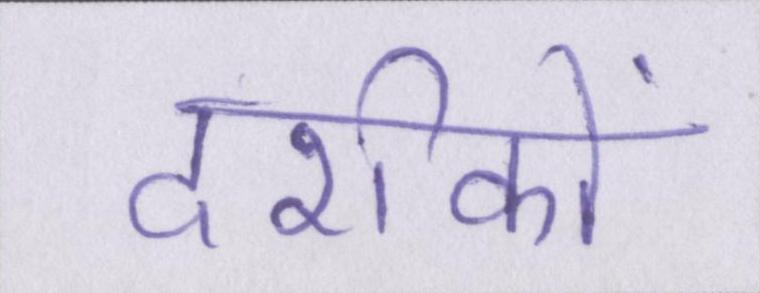
दर्शकों